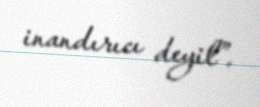
inandırıcı deyil”.